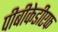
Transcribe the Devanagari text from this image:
पीबीकेडीएफ